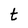
Character: t